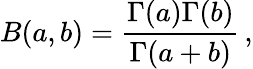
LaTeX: B(a,b)={\frac{\Gamma(a)\Gamma(b)}{\Gamma(a+b)}}\, ,